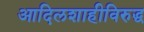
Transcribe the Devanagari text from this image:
आदिलशाहीविरुद्ध